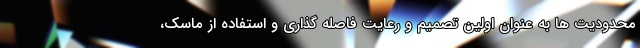
محدودیت ها به عنوان اولین تصمیم و رعایت فاصله گذاری و استفاده از ماسک،